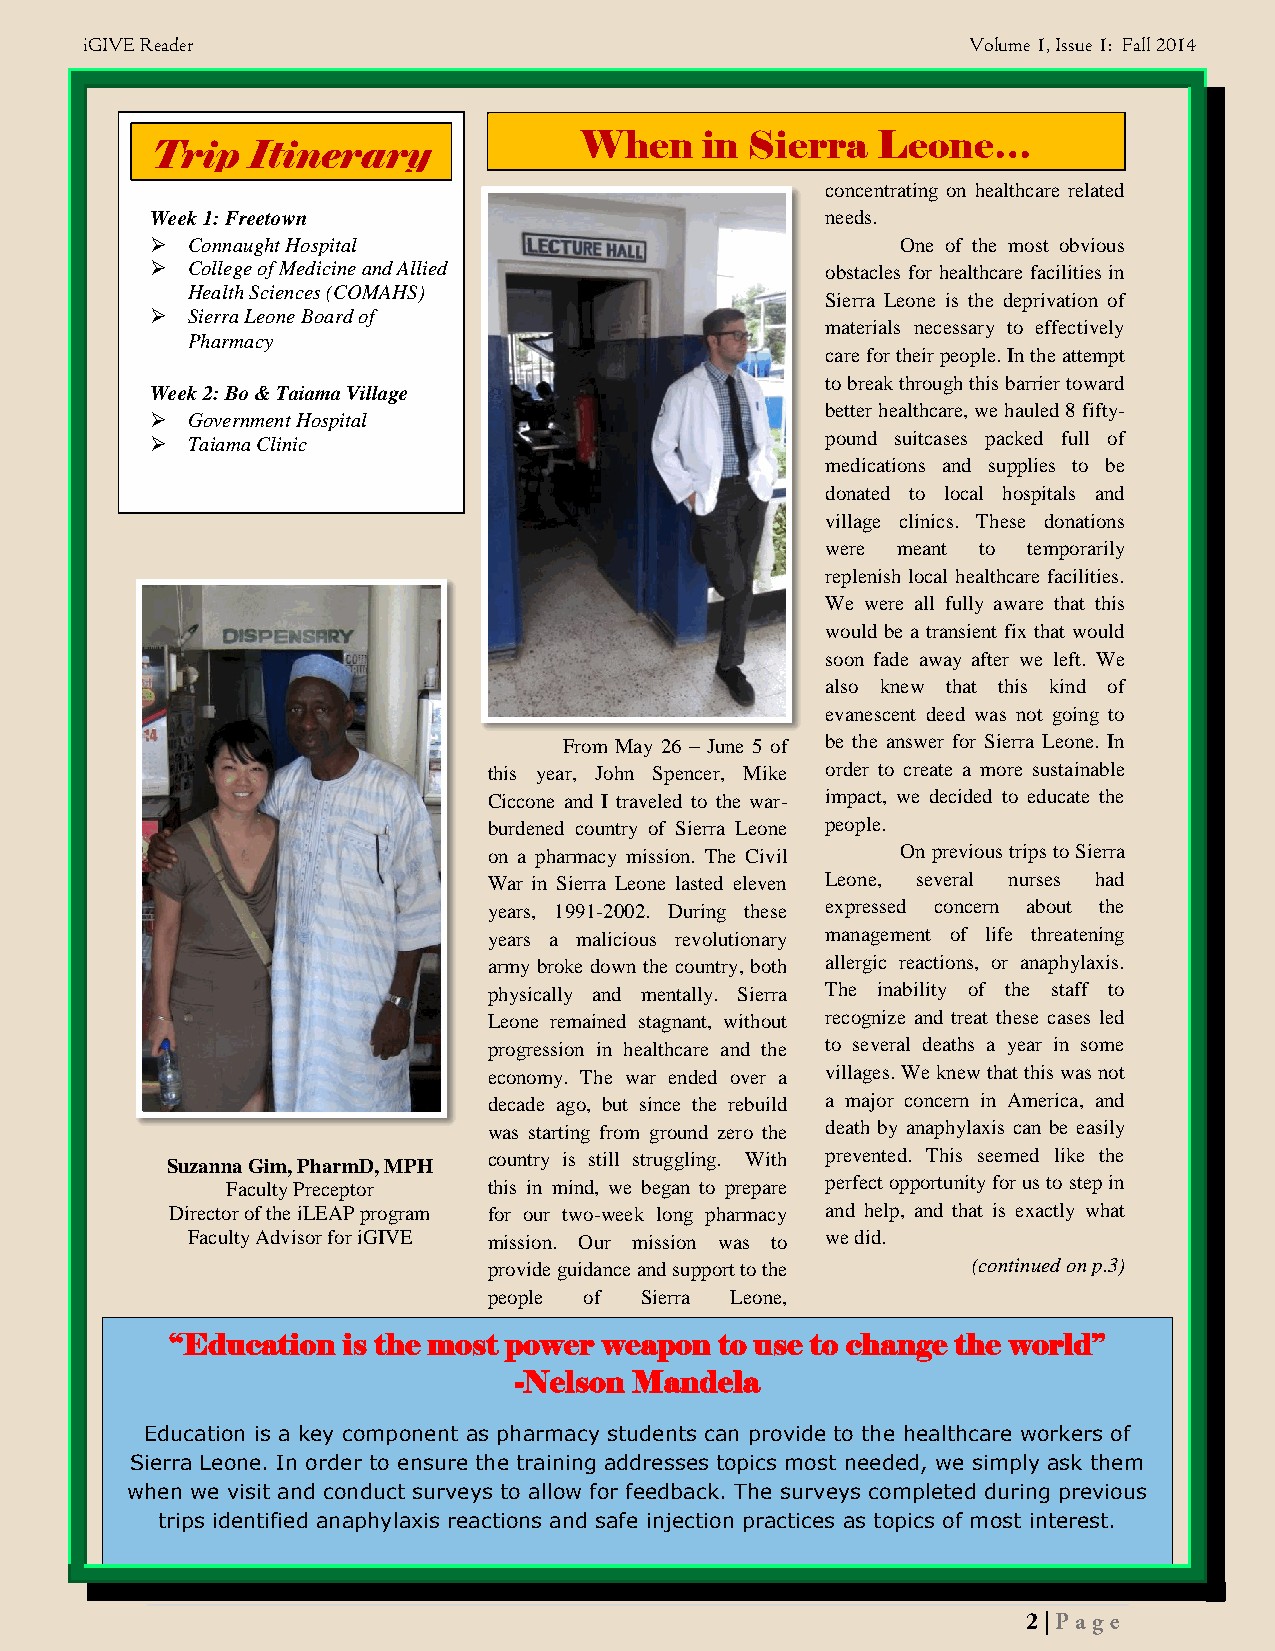
iGIVE Reader                                               Volume 1, Issue 1: Fall 2014
 When     in Sierra  Leone…
 Trip   Itinerary
 concentrating on healthcare related
 Week 1: Freetown                             needs.
  Connaught Hospital                              One of the most obvious
  College of Medicine and Allied             obstacles for healthcare facilities in
 Health Sciences (COMAHS)
 Sierra Leone is the deprivation of
  Sierra Leone Board of
 materials necessary to effectively
 Pharmacy
 care for their people. In the attempt
 to break through this barrier toward
 Week 2: Bo & Taiama Village
 better healthcare, we hauled 8 fifty-
  Government Hospital
  Taiama Clinic                              pound suitcases packed full of
 medications and supplies to be
 donated to local hospitals and
 village clinics. These donations
 were meant to temporarily
 replenish local healthcare facilities.
 We were all fully aware that this
 would be a transient fix that would
 soon fade away after we left. We
 also knew that this kind of
 evanescent deed was not going to
 From May 26 – June 5 of be the answer for Sierra Leone. In
 this year, John Spencer, Mike order to create a more sustainable
 Ciccone and I traveled to the war- impact, we decided to educate the
 burdened country of Sierra Leone people.
 on a pharmacy mission. The Civil On previous trips to Sierra
 War in Sierra Leone lasted eleven Leone, several nurses had
 years, 1991-2002. During these expressed concern about the
 years a malicious revolutionary management of life threatening
 army broke down the country, both allergic reactions, or anaphylaxis.
 physically and mentally. Sierra The inability of the staff to
 Leone remained stagnant, without recognize and treat these cases led
 progression in healthcare and the to several deaths a year in some
 economy. The war ended over a villages. We knew that this was not
 decade ago, but since the rebuild a major concern in America, and
 was starting from ground zero the death by anaphylaxis can be easily
 country is still struggling. With prevented. This seemed like the
 Suzanna Gim, PharmD, MPH
 Faculty Preceptor this in mind, we began to prepare perfect opportunity for us to step in
 Director of the iLEAP program for our two-week long pharmacy and help, and that is exactly what
 Faculty Advisor for iGIVE mission. Our mission was to we did.
 provide guidance and support to the (continued on p.3)
 people of Sierra Leone,
 “Education  is the most power weapon to use to change the world”
 -Nelson Mandela
 Education is a key component as pharmacy students can provide to the healthcare workers of
 Sierra Leone. In order to ensure the training addresses topics most needed, we simply ask them
 when we visit and conduct surveys to allow for feedback. The surveys completed during previous
 trips identified anaphylaxis reactions and safe injection practices as topics of most interest.